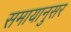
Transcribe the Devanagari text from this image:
समायानुसर